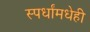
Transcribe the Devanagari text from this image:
स्पर्धांमधेही